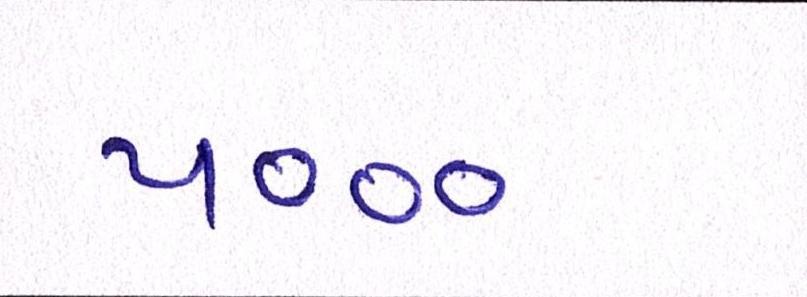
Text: ૫૦૦૦